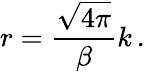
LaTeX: r=\frac{\sqrt{4\pi}}{\beta}k\, .